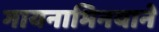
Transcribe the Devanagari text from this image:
गायनाभिनयाने